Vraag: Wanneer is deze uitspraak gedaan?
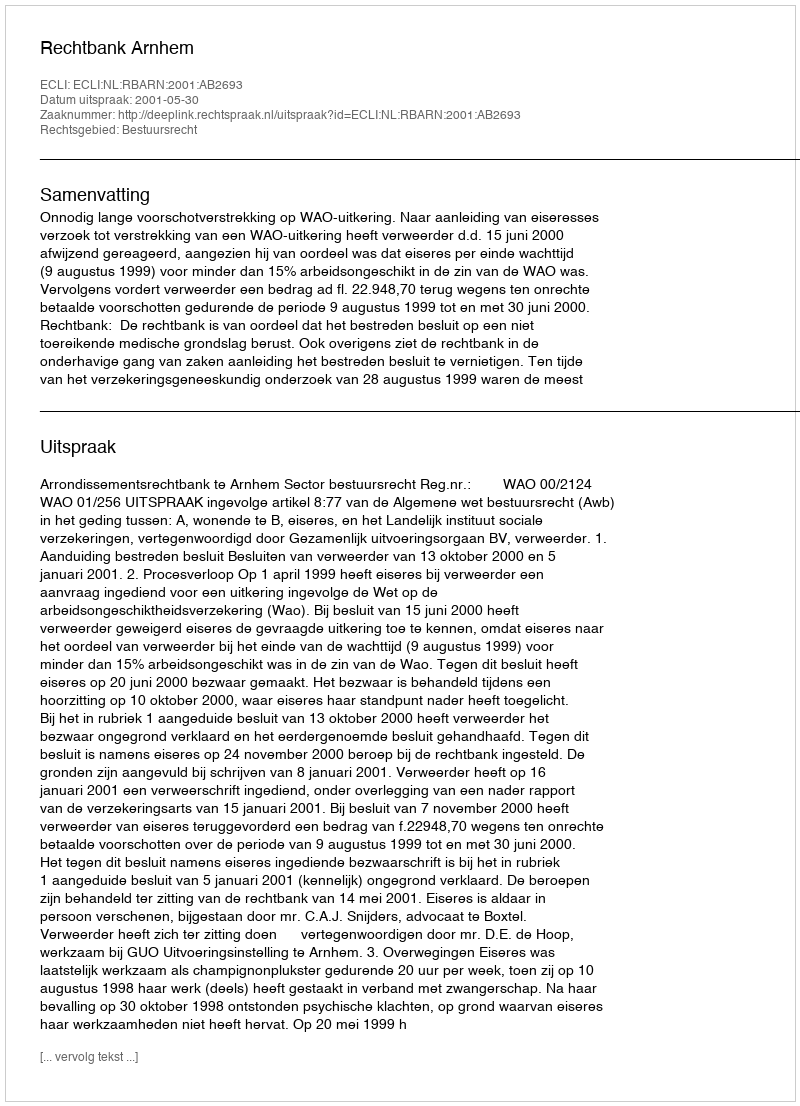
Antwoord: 2001-05-30